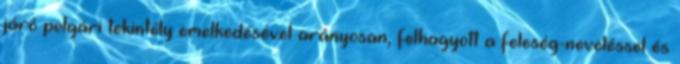
járó polgári tekintély emelkedésével arányosan, felhagyott a feleség-neveléssel és